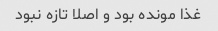
غذا مونده بود و اصلا تازه نبود